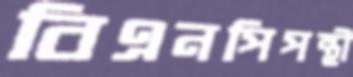
বিএনপিপন্থী